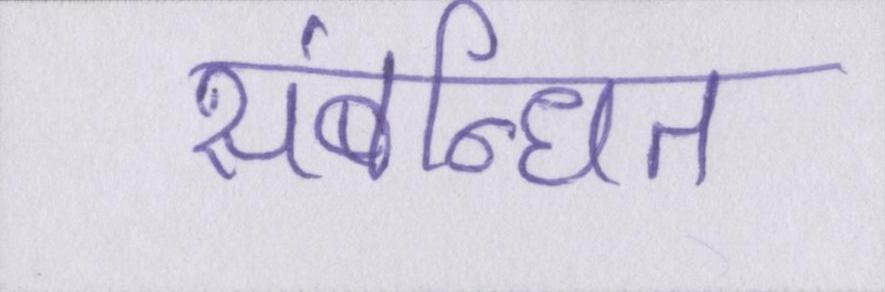
संबन्धित